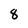
Character: 8